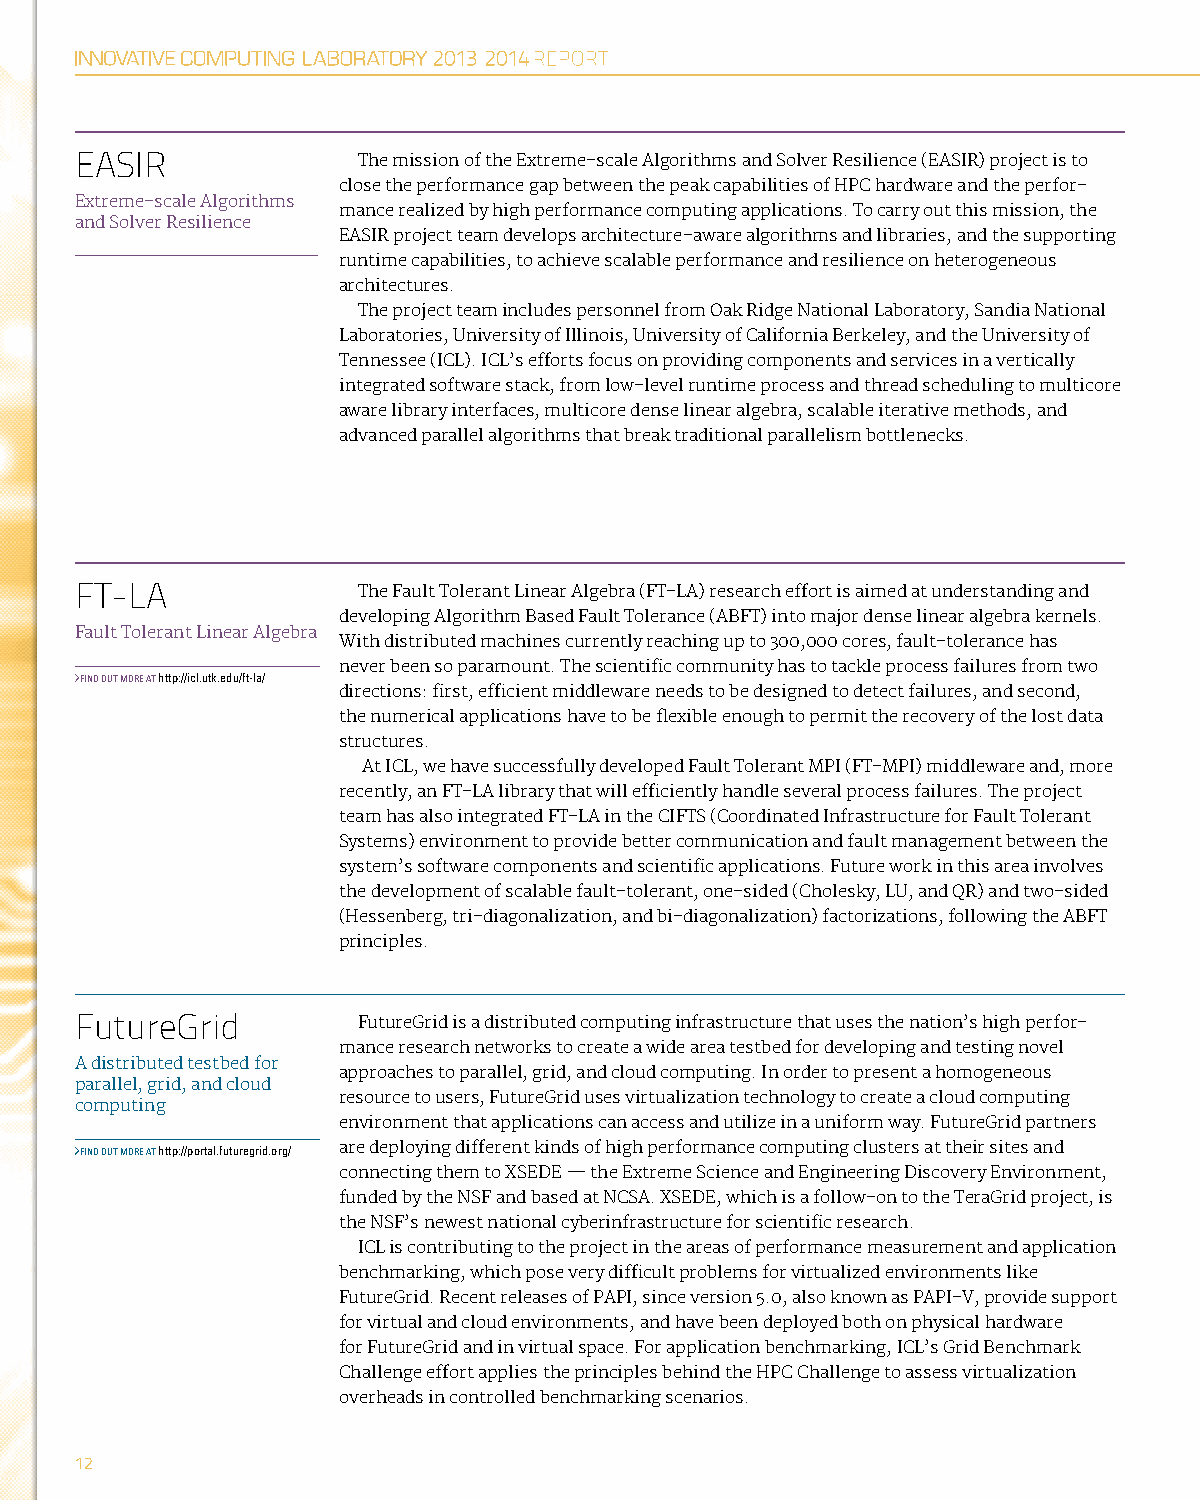
EASIR              The mission of the Extreme-scale Algorithms and Solver Resilience (EASIR) project is to
 close the performance gap between the peak capabilities of HPC hardware and the perfor-
 Extreme-scale Algorithms
 mance realized by high performance computing applications. To carry out this mission, the
 and Solver Resilience
 EASIR project team develops architecture-aware algorithms and libraries, and the supporting
 runtime capabilities, to achieve scalable performance and resilience on heterogeneous
 architectures.
 The project team includes personnel from Oak Ridge National Laboratory, Sandia National
 Laboratories, University of Illinois, University of California Berkeley, and the University of
 Tennessee (ICL). ICL’s efforts focus on providing components and services in a vertically
 integrated software stack, from low-level runtime process and thread scheduling to multicore
 aware library interfaces, multicore dense linear algebra, scalable iterative methods, and
 advanced parallel algorithms that break traditional parallelism bottlenecks.
 FT-LA              The Fault Tolerant Linear Algebra (FT-LA) research effort is aimed at understanding and
 developing Algorithm Based Fault Tolerance (ABFT) into major dense linear algebra kernels.
 Fault Tolerant Linear Algebra
 With distributed machines currently reaching up to 300,000 cores, fault-tolerance has
 never been so paramount. The scientific community has to tackle process failures from two
 FIND OUT MORE AT http://icl.utk.edu/ft-la/
 directions: first, efficient middleware needs to be designed to detect failures, and second,
 the numerical applications have to be flexible enough to permit the recovery of the lost data
 structures.
 At ICL, we have successfully developed Fault Tolerant MPI (FT-MPI) middleware and, more
 recently, an FT-LA library that will efficiently handle several process failures. The project
 team has also integrated FT-LA in the CIFTS (Coordinated Infrastructure for Fault Tolerant
 Systems) environment to provide better communication and fault management between the
 system’s software components and scientific applications. Future work in this area involves
 the development of scalable fault-tolerant, one-sided (Cholesky, LU, and QR) and two-sided
 (Hessenberg, tri-diagonalization, and bi-diagonalization) factorizations, following the ABFT
 principles.
 FutureGrid         FutureGrid is a distributed computing infrastructure that uses the nation’s high perfor-
 mance research networks to create a wide area testbed for developing and testing novel
 A distributed testbed for
 approaches to parallel, grid, and cloud computing. In order to present a homogeneous
 parallel, grid, and cloud
 resource to users, FutureGrid uses virtualization technology to create a cloud computing
 computing
 environment that applications can access and utilize in a uniform way. FutureGrid partners
 FIND OUT MORE AT http://portal.futuregrid.org/ are deploying different kinds of high performance computing clusters at their sites and
 connecting them to XSEDE — the Extreme Science and Engineering Discovery Environment,
 funded by the NSF and based at NCSA. XSEDE, which is a follow-on to the TeraGrid project, is
 the NSF’s newest national cyberinfrastructure for scientific research.
 ICL is contributing to the project in the areas of performance measurement and application
 benchmarking, which pose very difficult problems for virtualized environments like
 FutureGrid. Recent releases of PAPI, since version 5.0, also known as PAPI-V, provide support
 for virtual and cloud environments, and have been deployed both on physical hardware
 for FutureGrid and in virtual space. For application benchmarking, ICL’s Grid Benchmark
 Challenge effort applies the principles behind the HPC Challenge to assess virtualization
 overheads in controlled benchmarking scenarios.
 12